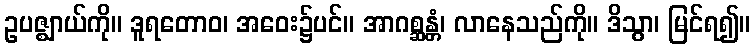
ဥပဇ္ဈာယ်ကို။ ဒူရတောဝ၊ အဝေး၌ပင်။ အာဂစ္ဆန္တံ၊ လာနေသည်ကို။ ဒိသွာ၊ မြင်ရ၍။